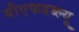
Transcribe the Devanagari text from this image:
बीएफडब्ल्यू